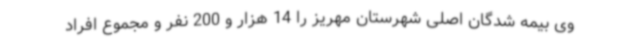
وی بیمه شدگان اصلی شهرستان مهریز را 14 هزار و 200 نفر و مجموع افراد